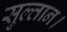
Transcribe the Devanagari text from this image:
सुल्तान।